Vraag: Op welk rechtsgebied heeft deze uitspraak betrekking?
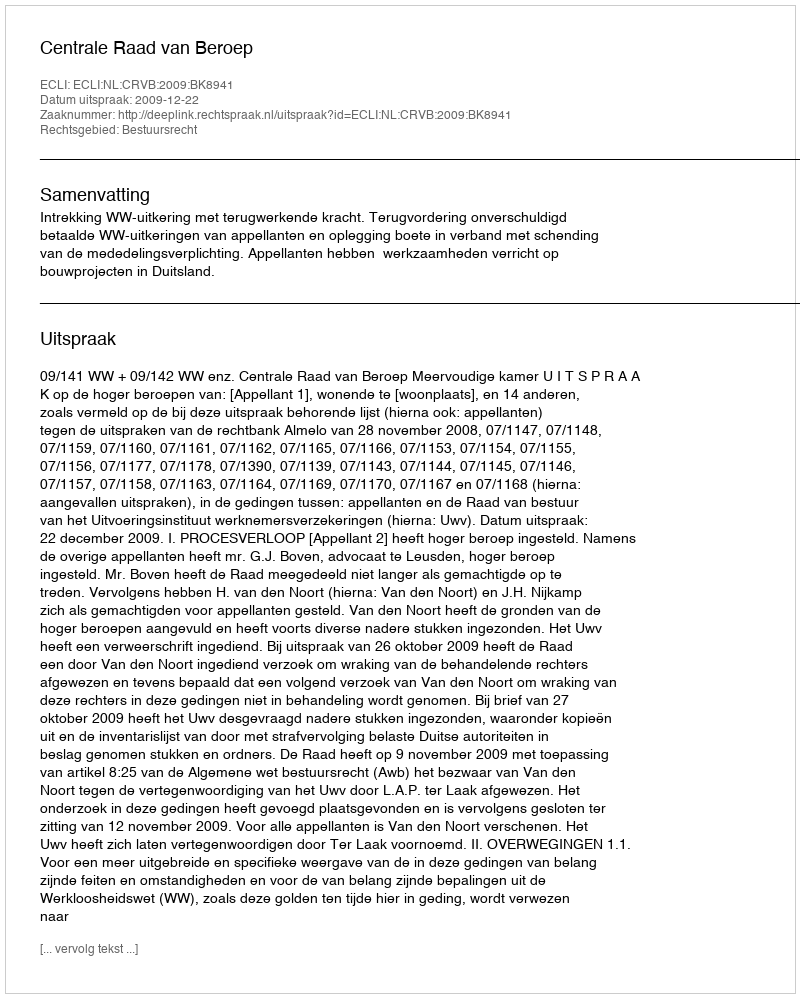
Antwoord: Bestuursrecht